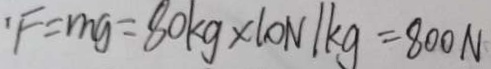
F = m g = 8 0 k g \times 1 0 N / k g = 8 0 0 N